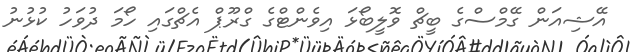
އޭޝިއަން ގޭމްސްގެ ބީޗް ވޮލީބޯޅަ އިވެންޓްގެ ގްރޫޕް އެޗްގައި ހޯމަ ދުވަހު ކުޅުނު